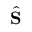
\widehat { \mathbf { S } }